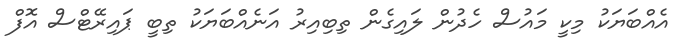
އެއްބަޔަކު މިކީ މައުސް ހެދުން ލައިގެން ތިބިއިރު އަނެއްބަޔަކު ތިބީ ޕައިރޭޓްސް އޮފް